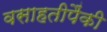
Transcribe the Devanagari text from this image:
वसाहतीपैंकी